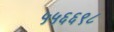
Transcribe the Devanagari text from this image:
५५६६९८